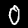
Digit: 0